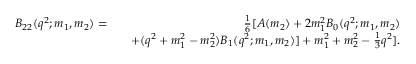
\begin{array} { r l r } { B _ { 2 2 } ( q ^ { 2 } ; m _ { 1 } , m _ { 2 } ) = } & { } & { \frac { 1 } { 6 } [ A ( m _ { 2 } ) + 2 m _ { 1 } ^ { 2 } B _ { 0 } ( q ^ { 2 } ; m _ { 1 } , m _ { 2 } ) } \\ & { } & { + ( q ^ { 2 } + m _ { 1 } ^ { 2 } - m _ { 2 } ^ { 2 } ) B _ { 1 } ( q ^ { 2 } ; m _ { 1 } , m _ { 2 } ) ] + m _ { 1 } ^ { 2 } + m _ { 2 } ^ { 2 } - \frac { 1 } { 3 } q ^ { 2 } ] . } \end{array}